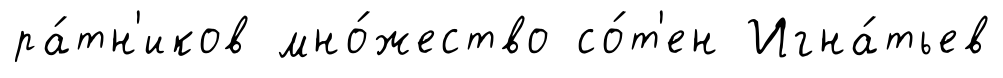
ра́тн'иков мно́жество со́т'ен Игна́тьев